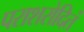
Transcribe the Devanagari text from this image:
पराशरोदितं